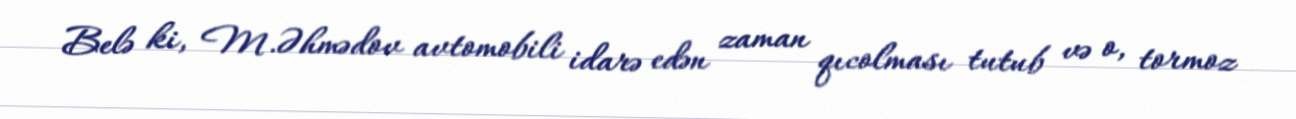
Belə ki, M.Əhmədov avtomobili idarə edən zaman qıcolması tutub və o, tormoz